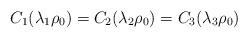
LaTeX: \begin{align*}C_1(\lambda_1\rho_0)=C_2(\lambda_2\rho_0)=C_3(\lambda_3\rho_0)\end{align*}